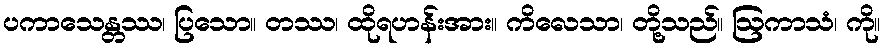
ပကာသေန္တဿ၊ ပြသော။ တဿ၊ ထိုရဟန်းအား။ ကိလေသာ၊ တို့သည်။ ဩကာသံ၊ ကို။